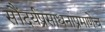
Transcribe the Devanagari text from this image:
सौंदर्यप्रसाधनांप्रमाणेच